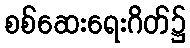
စစ်ဆေးရေးဂိတ်၌